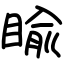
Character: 睮